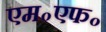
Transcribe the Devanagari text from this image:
एम॰एफ॰